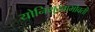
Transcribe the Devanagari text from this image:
योनिमुखाभोवती